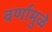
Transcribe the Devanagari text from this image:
वर्णामुळे